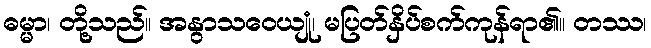
ဓမ္မာ၊ တို့သည်။ အနွာသဝေယျုံ၊ မပြတ်နှိပ်စက်ကုန်ရာ၏။ တဿ၊